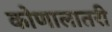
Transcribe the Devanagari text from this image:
कोणालातरी